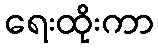
ရေးထိုးကာ